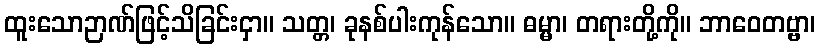
ထူးသောဉာဏ်ဖြင့်သိခြင်းငှာ။ သတ္တ၊ ခုနစ်ပါးကုန်သော။ ဓမ္မာ၊ တရားတို့ကို။ ဘာဝေတဗ္ဗာ၊